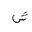
Letter: _shin